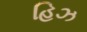
હિઝ